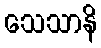
သေသာနိ